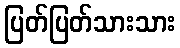
ပြတ်ပြတ်သားသား